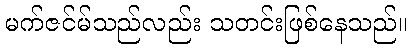
မက်ဇင်မ်သည်လည်း သတင်းဖြစ်နေသည်။